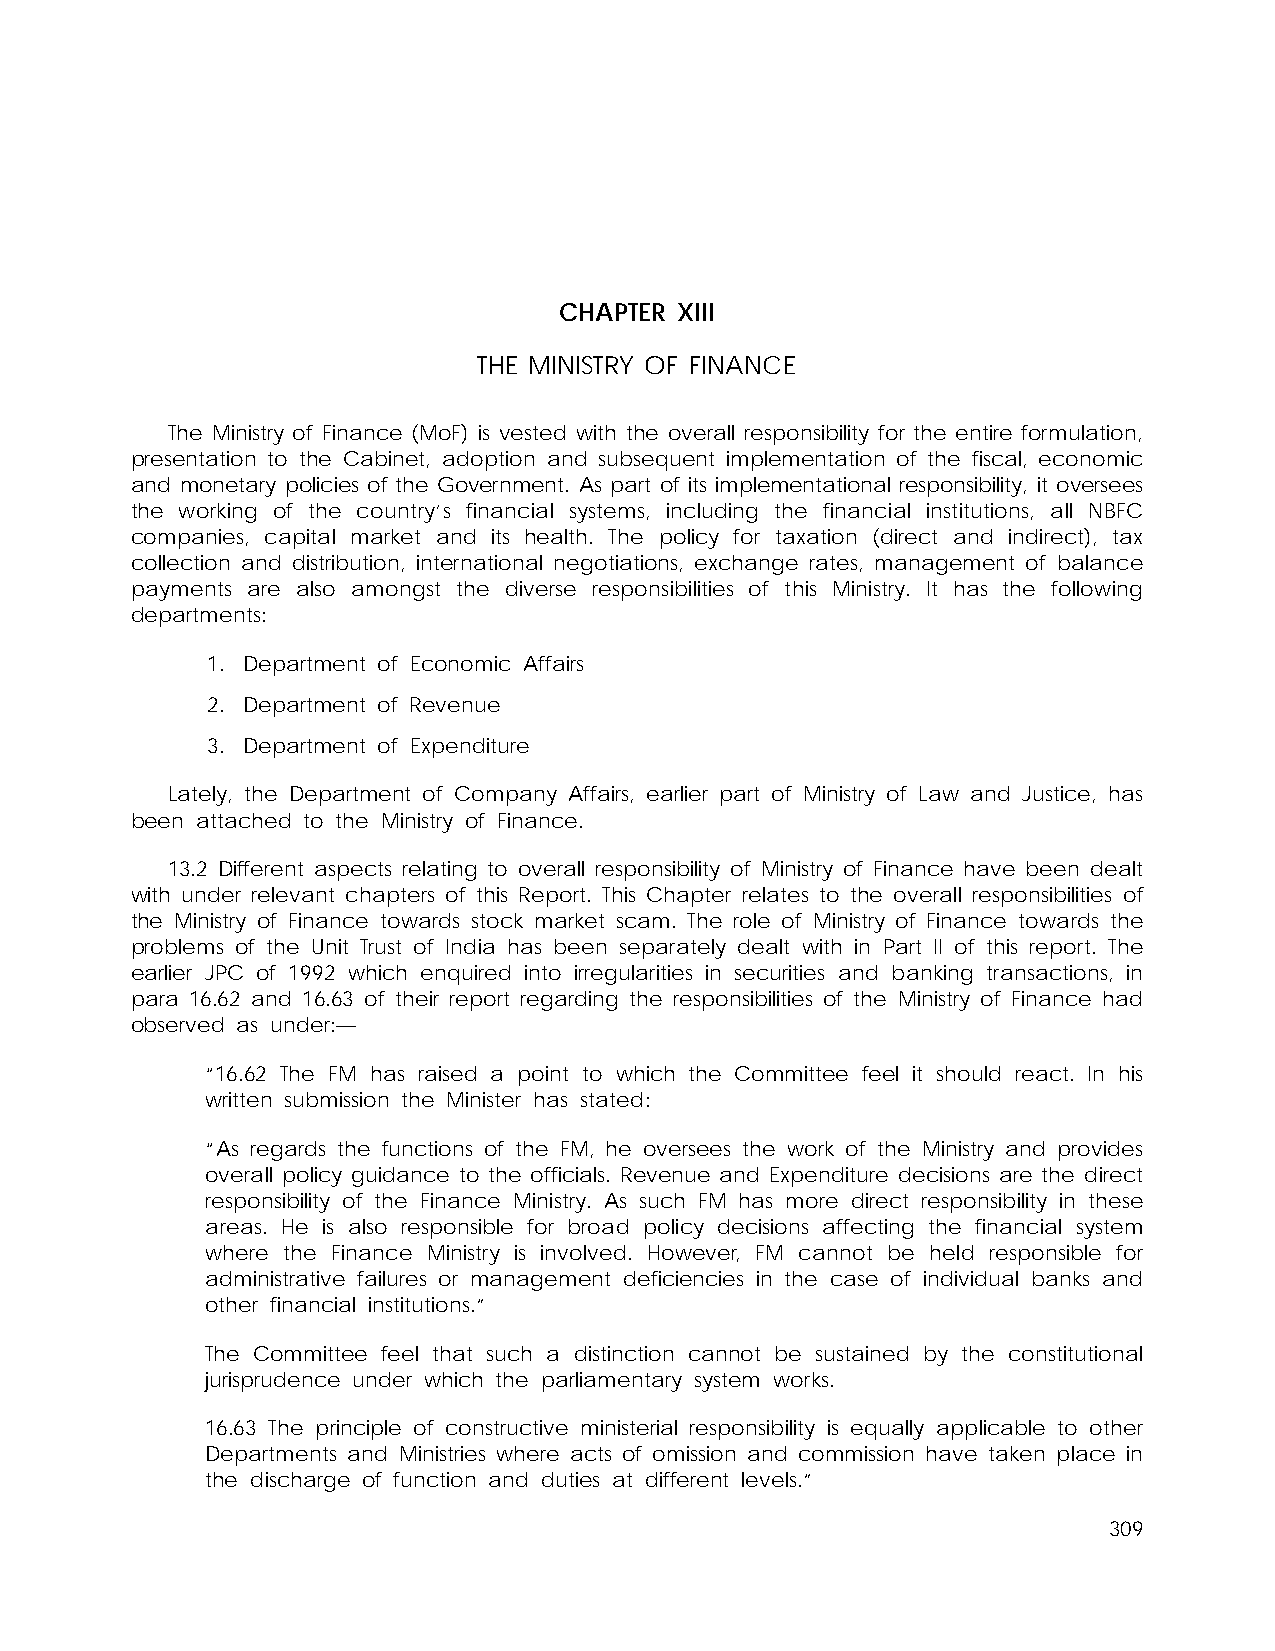
CHAPTER XIII
 THE MINISTRY OF FINANCE
 The Ministry of Finance (MoF) is vested with the overall responsibility for the entire formulation,
 presentation to the Cabinet, adoption and subsequent implementation of the fiscal, economic
 and monetary policies of the Government. As part of its implementational responsibility, it oversees
 the working of the country’s financial systems, including the financial institutions, all NBFC
 companies, capital market and its health. The policy for taxation (direct and indirect), tax
 collection and distribution, international negotiations, exchange rates, management of balance
 payments are also amongst the diverse responsibilities of this Ministry. It has the following
 departments:
 1. Department of Economic Affairs
 2. Department of Revenue
 3. Department of Expenditure
 Lately, the Department of Company Affairs, earlier part of Ministry of Law and Justice, has
 been attached to the Ministry of Finance.
 13.2 Different aspects relating to overall responsibility of Ministry of Finance have been dealt
 with under relevant chapters of this Report. This Chapter relates to the overall responsibilities of
 the Ministry of Finance towards stock market scam. The role of Ministry of Finance towards the
 problems of the Unit Trust of India has been separately dealt with in Part II of this report. The
 earlier JPC of 1992 which enquired into irregularities in securities and banking transactions, in
 para 16.62 and 16.63 of their report regarding the responsibilities of the Ministry of Finance had
 observed as under:—
 “16.62 The FM has raised a point to which the Committee feel it should react. In his
 written submission the Minister has stated:
 “As regards the functions of the FM, he oversees the work of the Ministry and provides
 overall policy guidance to the officials. Revenue and Expenditure decisions are the direct
 responsibility of the Finance Ministry. As such FM has more direct responsibility in these
 areas. He is also responsible for broad policy decisions affecting the financial system
 where the Finance Ministry is involved. However, FM cannot be held responsible for
 administrative failures or management deficiencies in the case of individual banks and
 other financial institutions.”
 The Committee feel that such a distinction cannot be sustained by the constitutional
 jurisprudence under which the parliamentary system works.
 16.63 The principle of constructive ministerial responsibility is equally applicable to other
 Departments and Ministries where acts of omission and commission have taken place in
 the discharge of function and duties at different levels.”
 309